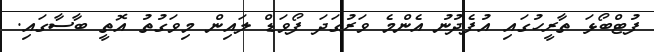
ފުޓްބޯޅަ ތާރީހުގައި އުފެދުނު އެންމެ ވަރުގަދަ ފޯވަޑް ލައިން މިވަގުތު އޮތީ ބާސާގައި.